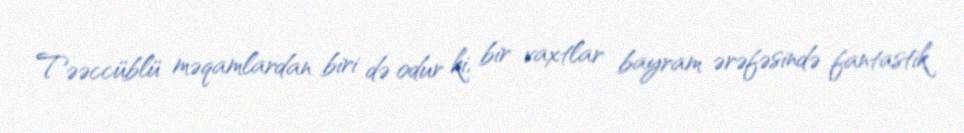
Təəccüblü məqamlardan biri də odur ki, bir vaxtlar bayram ərəfəsində fantastik